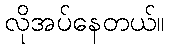
လိုအပ်နေတယ်။